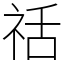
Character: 䄆